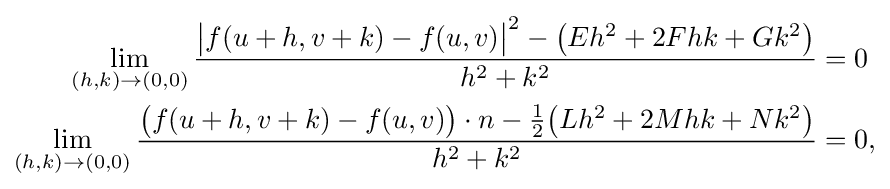
{\begin{aligned}\lim _{(h,k)\to (0,0)}{\frac {{\big |}f(u+h,v+k)-f(u,v){\big |}^{2}-{\big (}Eh^{2}+2Fhk+Gk^{2}{\big )}}{h^{2}+k^{2}}}&=0\\\lim _{(h,k)\to (0,0)}{\frac {{\big (}f(u+h,v+k)-f(u,v){\big )}\cdot n-{\frac {1}{2}}{\big (}Lh^{2}+2Mhk+Nk^{2}{\big )}}{h^{2}+k^{2}}}&=0,\end{aligned}}